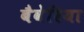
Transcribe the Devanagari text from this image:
बैवेरिया